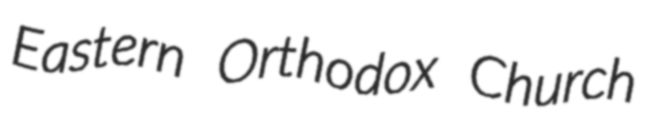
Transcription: Eastern Orthodox Church